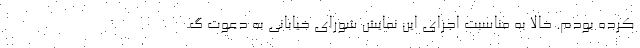
کرده بودم. حالا به مناسبت اجرای این نمایش شورای خیابانی به دعوت گ